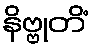
နိဗ္ဗုတိံ